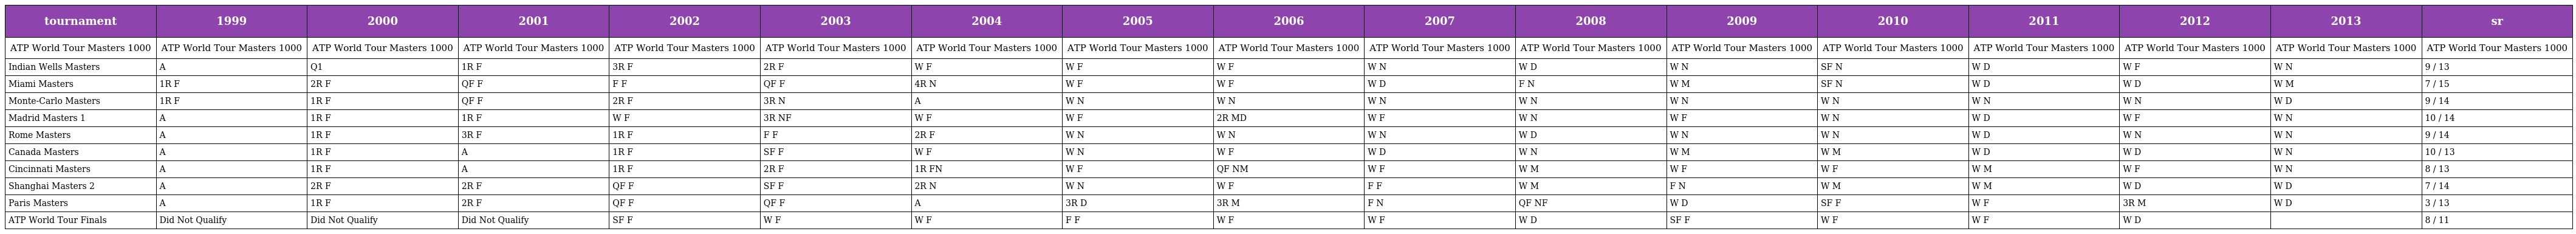
| tournament | 1999 | 2000 | 2001 | 2002 | 2003 | 2004 | 2005 | 2006 | 2007 | 2008 | 2009 | 2010 | 2011 | 2012 | 2013 | sr |
 | --- | --- | --- | --- | --- | --- | --- | --- | --- | --- | --- | --- | --- | --- | --- | --- | --- |
 | ATP World Tour Masters 1000 | ATP World Tour Masters 1000 | ATP World Tour Masters 1000 | ATP World Tour Masters 1000 | ATP World Tour Masters 1000 | ATP World Tour Masters 1000 | ATP World Tour Masters 1000 | ATP World Tour Masters 1000 | ATP World Tour Masters 1000 | ATP World Tour Masters 1000 | ATP World Tour Masters 1000 | ATP World Tour Masters 1000 | ATP World Tour Masters 1000 | ATP World Tour Masters 1000 | ATP World Tour Masters 1000 | ATP World Tour Masters 1000 | ATP World Tour Masters 1000 |
 | Indian Wells Masters | A | Q1 | 1R F | 3R F | 2R F | W F | W F | W F | W N | W D | W N | SF N | W D | W F | W N | 9 / 13 |
 | Miami Masters | 1R F | 2R F | QF F | F F | QF F | 4R N | W F | W F | W D | F N | W M | SF N | W D | W D | W M | 7 / 15 |
 | Monte-Carlo Masters | 1R F | 1R F | QF F | 2R F | 3R N | A | W N | W N | W N | W N | W N | W N | W N | W N | W D | 9 / 14 |
 | Madrid Masters 1 | A | 1R F | 1R F | W F | 3R NF | W F | W F | 2R MD | W F | W N | W F | W N | W D | W F | W N | 10 / 14 |
 | Rome Masters | A | 1R F | 3R F | 1R F | F F | 2R F | W N | W N | W N | W D | W N | W N | W D | W N | W N | 9 / 14 |
 | Canada Masters | A | 1R F | A | 1R F | SF F | W F | W N | W F | W D | W N | W M | W M | W D | W D | W N | 10 / 13 |
 | Cincinnati Masters | A | 1R F | A | 1R F | 2R F | 1R FN | W F | QF NM | W F | W M | W F | W F | W M | W F | W N | 8 / 13 |
 | Shanghai Masters 2 | A | 2R F | 2R F | QF F | SF F | 2R N | W N | W F | F F | W M | F N | W M | W M | W D | W D | 7 / 14 |
 | Paris Masters | A | 1R F | 2R F | QF F | QF F | A | 3R D | 3R M | F N | QF NF | W D | SF F | W F | 3R M | W D | 3 / 13 |
 | ATP World Tour Finals | Did Not Qualify | Did Not Qualify | Did Not Qualify | SF F | W F | W F | F F | W F | W F | W D | SF F | W F | W F | W D |  | 8 / 11 |